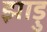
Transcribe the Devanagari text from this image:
झाड़ु